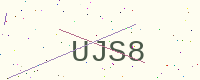
Text: UJS8